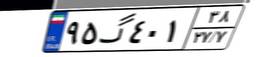
۹۵گ۴۰۱۳۸